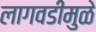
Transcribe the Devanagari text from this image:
लागवडीमुळे